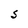
Character: S